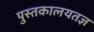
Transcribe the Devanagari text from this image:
पुस्तकालयतज्ञ